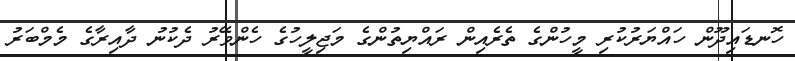
ހޮނޑައިދޫން ހައްޔަރުކުރި މީހުންގެ ތެރެއިން ރައްޔިތުންގެ މަޖިލީހުގެ ހެންވޭރު ދެކުނު ދާއިރާގެ މެމްބަރު